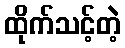
ထိုက်သင့်တဲ့